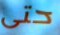
حتى